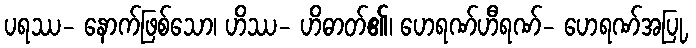
ပရဿ- နောက်ဖြစ်သော၊ ဟိဿ- ဟိဓာတ်၏၊ ဟေရဏ်ဟီရဏ်- ဟေရဏ်အပြု,